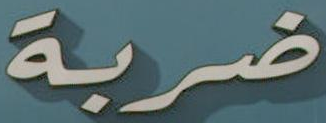
ضربة